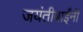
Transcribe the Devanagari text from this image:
जयंतीबाईंनी